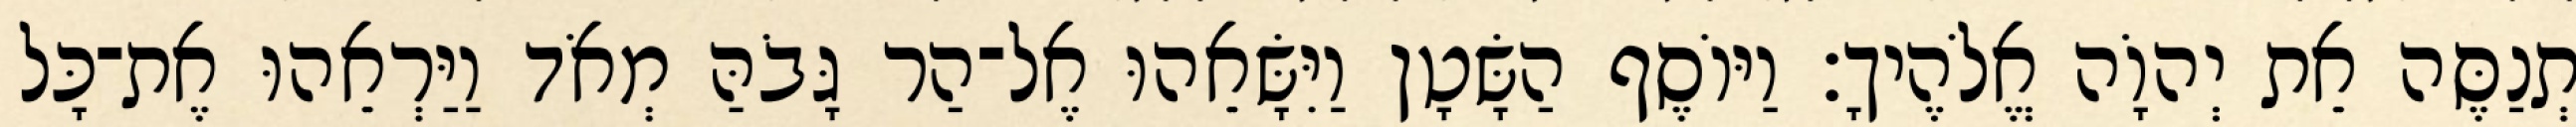
תְנַסֶּה אֵת יְהוָֹה אֱלֹהֶיךָ׃ וַיּוֹסֶף הַשָּׂטָן וַיִּשָּׂאֵהוּ אֶל־הַר גָּבֹהַּ מְאֹד וַיַּרְאֵהוּ אֶת־כָּל